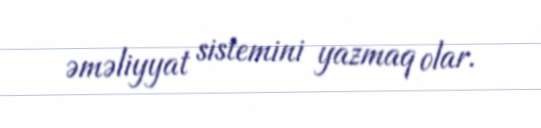
əməliyyat sistemini yazmaq olar.